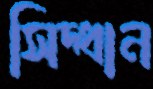
সিদ্ধান